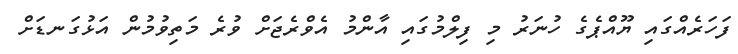
ފަހަރެއްގައި ޔޫއްޕެގެ ހުނަރު މި ފިލްމުގައި އާންމު އެވްރެޖަށް ވުރެ މަތިވުމުން އަޅުގަނޑަށް